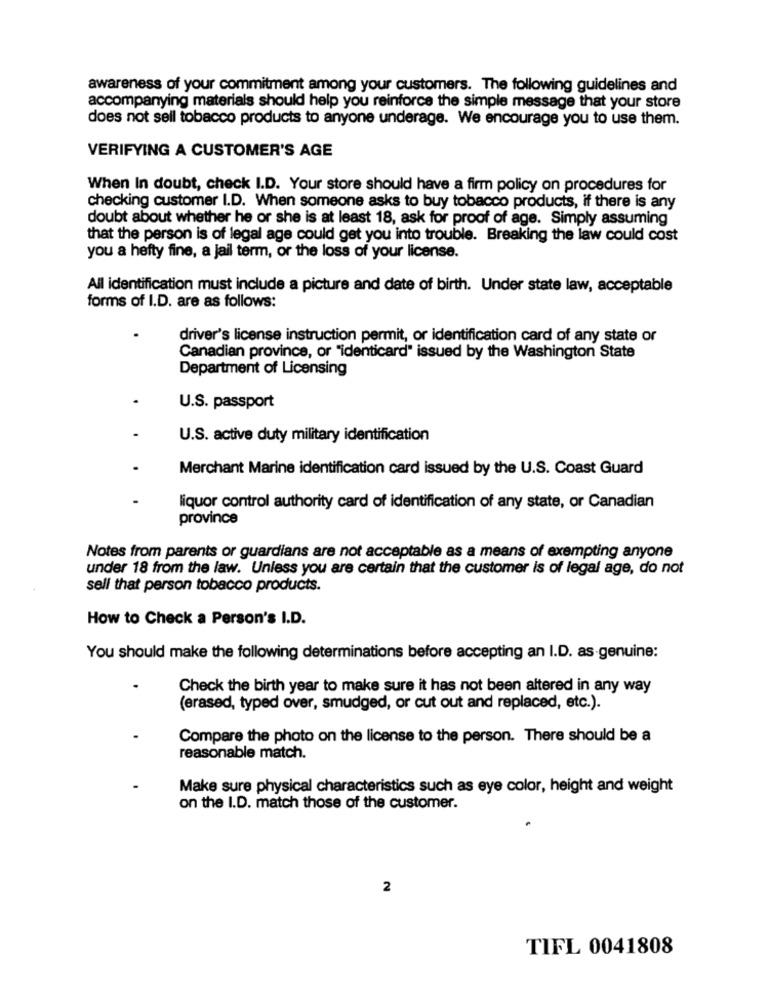
awareness of your commitment among your customers. The following guidelines and
accompanying materials should help you reinforce the simple message that your store
does not sell tobacco products to anyone underage. We encourage you to use them.
VERIFYING A CUSTOMER'S AGE
When In doubt, check I.D. Your store should have a firm policy on procedures for
checking customer I.D. When someone asks to buy tobacco products, if there is any
doubt about whether he or she is at least 18, ask for proof of age. Simply assuming
that the person is of legal age could get you into trouble. Breaking the law could cost
you a hefty fine, a jail term, or the loss of your license.
All identification must include a picture and date of birth. Under state law, acceptable
forms of I.D. are as follows:
driver's license instruction permit, or identification card of any state or
Canadian province, or "identicard" issued by the Washington State
Department of Licensing
U.S. passport
U.S. active duty military identification
Merchant Marine identification card issued by the U.S. Coast Guard
liquor control authority card of identification of any state, or Canadian
province
Notes from parents or guardians are not acceptable as a means of exempting anyone
under 18 from the law. Unless you are certain that the customer is of legal age, do not
sell that person tobacco products.
How to Check a Person's I.D.
You should make the following determinations before accepting an I.D. as genuine:
Check the birth year to make sure it has not been altered in any way
(erased, typed over, smudged, or cut out and replaced, etc.).
Compare the photo on the license to the person. There should be a
reasonable match.
Make sure physical characteristics such as eye color, height and weight
on the I.D. match those of the customer.
2
TIFL 0041808